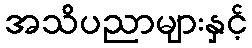
အသိပညာများနှင့်